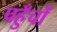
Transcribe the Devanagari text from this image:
पहुँचों